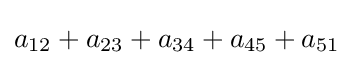
a_{12}+a_{23}+a_{34}+a_{45}+a_{51}